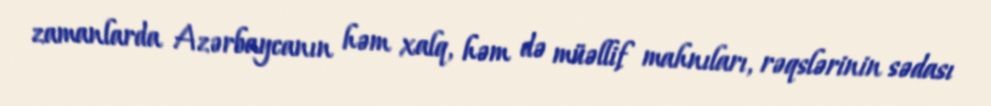
zamanlarda Azərbaycanın həm xalq, həm də müəllif mahnıları, rəqslərinin sədası